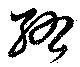
紘